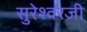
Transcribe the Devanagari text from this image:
सुरेश्वरजी